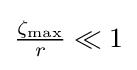
{\textstyle {\frac {\zeta _{\text{max}}}{r}}\ll 1}